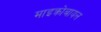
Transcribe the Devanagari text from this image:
माइक्रोबायल